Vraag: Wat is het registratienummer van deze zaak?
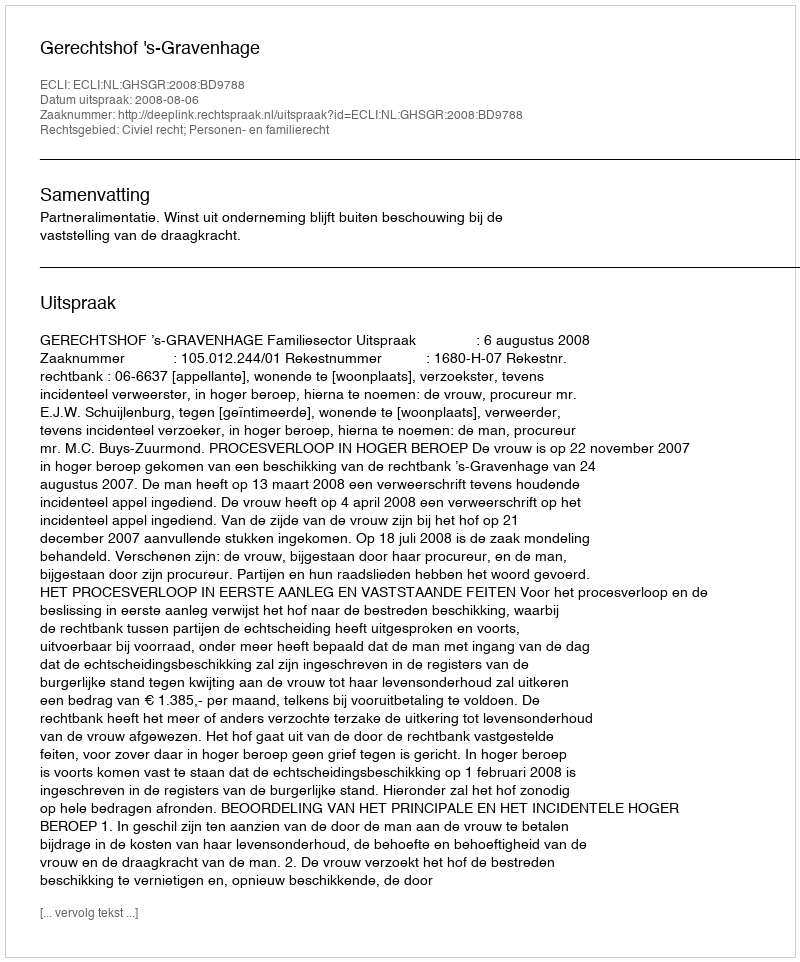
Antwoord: http://deeplink.rechtspraak.nl/uitspraak?id=ECLI:NL:GHSGR:2008:BD9788